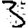
Digit: 3